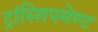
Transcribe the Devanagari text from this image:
ट्रांस्शिपमेण्ट